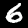
Digit: 6